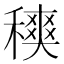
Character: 𥢡